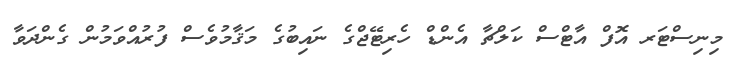
މިނިސްޓަރ އޮފް އާޓްސް ކަލްޗާ އެންޑް ހެރިޓޭޖްގެ ނައިބުގެ މަޤާމުވެސް ފުރުއްވަމުން ގެންދަވާ